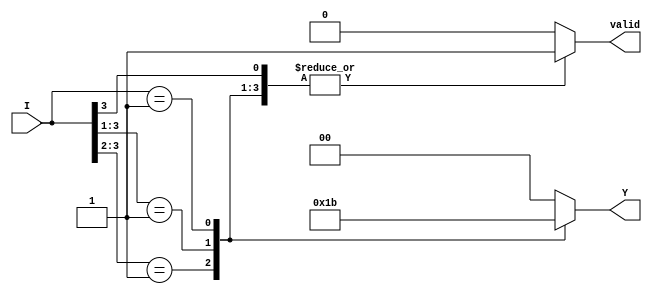
module priority_encoder #(parameter n = 4, m = 2) (
    input [n-1:0] I,       // n input lines
    output reg [m-1:0] Y,  // m output lines
    output reg valid       // indicates if any input is active
);

    always @(*) begin
        // Default outputs
        Y = {m{1'b0}};  // Set output to 0
        valid = 1'b0;   // Set valid to 0

        // Priority encoding logic
        casez (I)
            4'b1??? : begin Y = 2'b00; valid = 1'b1; end // I0 is active
            4'b01?? : begin Y = 2'b01; valid = 1'b1; end // I1 is active
            4'b001? : begin Y = 2'b10; valid = 1'b1; end // I2 is active
            4'b0001 : begin Y = 2'b11; valid = 1'b1; end // I3 is active
            default : begin Y = {m{1'b0}}; valid = 1'b0; end // No inputs active
        endcase
    end

endmodule